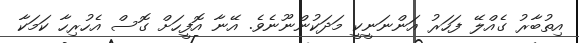
އިތުބާރު ގެއްލޭ ފަހަރު އަންނަނީކީ މަދަކުންނޫނެވެ. އޭނާ އޮފީހަށް ގޮސް އެހުރިހާ ކަމަކާ